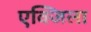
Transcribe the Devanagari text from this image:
एक्जिला